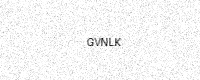
Text: GVNLK